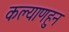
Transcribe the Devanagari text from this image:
कल्याणहुन